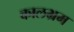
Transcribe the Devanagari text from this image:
कालभ्रम